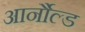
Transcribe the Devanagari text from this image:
आर्नौल्ड